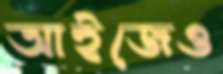
আইজেও